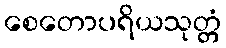
စေတောပရိယသုတ္တံ